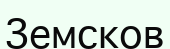
Земсков